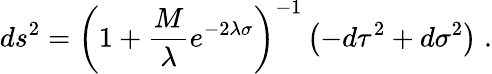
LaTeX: ds^{2}={\left(1+{\frac{M}{\lambda}}e^{-2\lambda\sigma}\right)}^{-1}\left(-d\tau^{2}+d\sigma^{2}\right)\; .